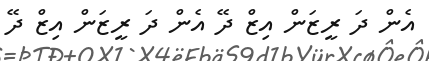
އެން ދަ ރީޒަން އިޒް ދޭ އެން ދަ ރީޒަން އިޒް ދޭ